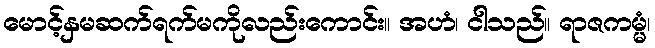
မောင့်နှမဆက်ရက်မကိုလည်းကောင်း။ အဟံ၊ ငါသည်။ ရာဇကမ္မံ၊